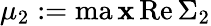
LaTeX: \mu_{2}:=\operatorname*{ma\mathbf{x}}\mathrm{{Re}}\, \Sigma_{2}